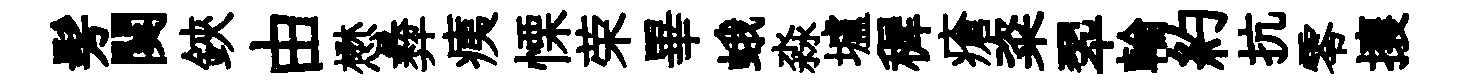
髣闋鋏由懋彜痍慄荣畢蛾淼壚穉瘡粢翆輪約抗零攘